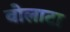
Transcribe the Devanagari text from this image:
वोलाटा